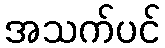
အသက်ပင်